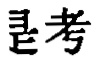
是考